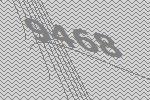
9468